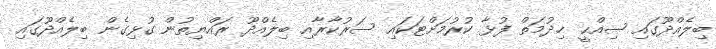
ބިލެއްދޫގައި ޞިއްޙީ ޚިދުމަތް ފުޅާ ކުރުމަށްޓަކައި ސަރުކާރާއި ބިލެއްދޫ ރައްޔިތުން ގުޅިގެން ބިލެއްދޫގައި